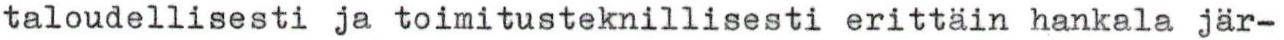
taloudellisesti ja toimitusteknillisesti erittäin hankala jär-